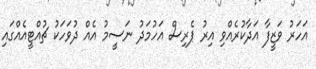
އަހަރު ވަޒީފާ އަދާކުރެއްވި އިރު ޕެރިސް އަހުމަދު ނަސީމު އެއް ދުވަހަކު ޗުއްޓީއެއްގައި